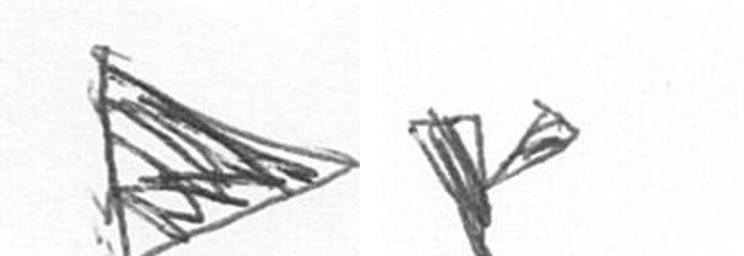
T F